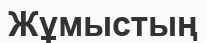
Жұмыстың